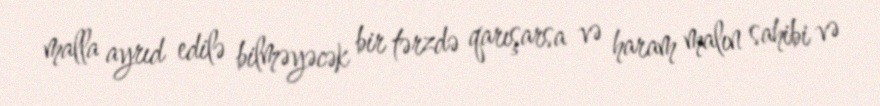
malla ayrıd edilə bilməyəcək bir tərzdə qarışarsa və haram malın sahibi və